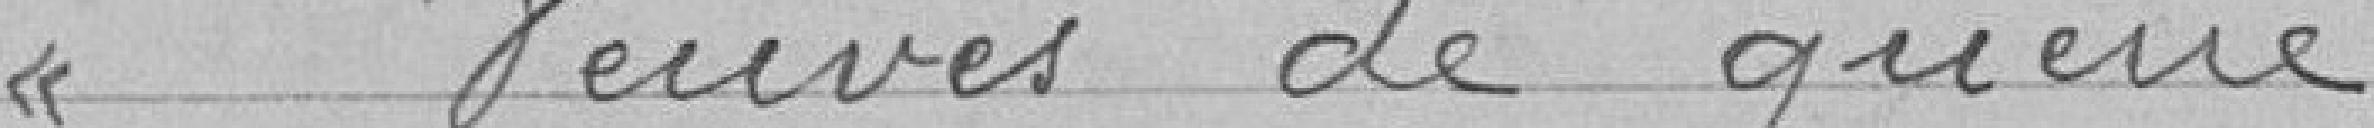
> Veuves de guerre